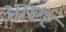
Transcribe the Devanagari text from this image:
आएर